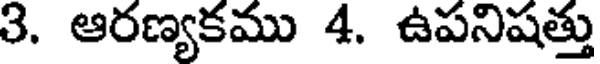
3. ఆరణ్యకము 4. ఉపనిషత్తు